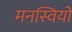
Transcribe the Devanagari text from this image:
मनस्वियों